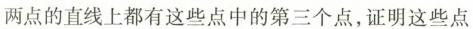
两点的直线上都有这些点中的第三个点，证明这些点